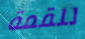
للقمة